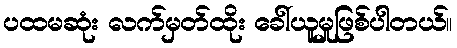
ပထမဆုံး လက်မှတ်ထိုး ခေါ်ယူမှုဖြစ်ပါတယ်။